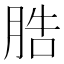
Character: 㬶